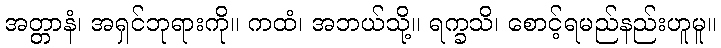
အတ္တာနံ၊ အရှင်ဘုရားကို။ ကထံ၊ အဘယ်သို့။ ရက္ခသိ၊ စောင့်ရမည်နည်းဟူမူ။